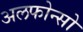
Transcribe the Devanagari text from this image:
अलफोन्सो